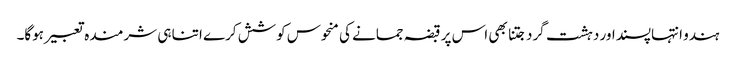
ہندو انتہاپسنداور دہشت گرد جتنا بھی اس پر قبضہ جمانے کی منحوس کوشش کرے اتنا ہی شرمندہ تعبیر ہوگا۔